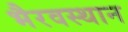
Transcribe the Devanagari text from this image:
भैरवस्थान